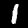
Digit: 1